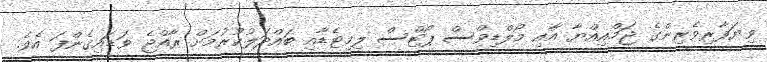
ވިޔަފާރިވެރިންގެ ޖަމްއިއްޔާ އާއި މޯލްޑިވްސް ޕޯޓްސް ލިމިޓެޑާއި ބައްދަލުކުުރުމަށް ރާއްޖެ ވަޑައިގެންފަ އެވެ.